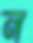
ন